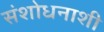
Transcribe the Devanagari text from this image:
संशोधनाशी